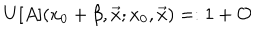
U [ A ] ( x _ { 0 } + \beta , \vec { x } ; x _ { 0 } , \vec { x } ) = : 1 + { \cal O }